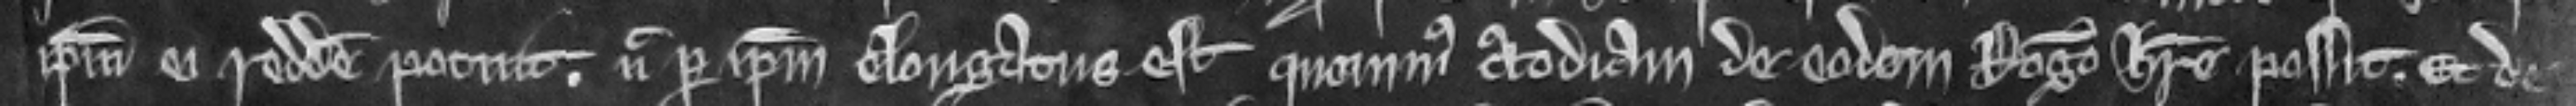
ipsum ei reddere potuit. nec per ipsam elongatus est quominus custodiam de eodem Rogero habere possit. Et de